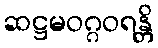
ဆဋ္ဌမဝဂ္ဂဝရန္တိ